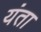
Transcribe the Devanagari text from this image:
यंता